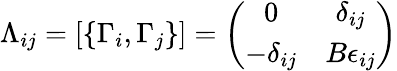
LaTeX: \Lambda_{ij}=\left[\{ \Gamma_{i},\Gamma_{j}\} \right]=\left(\begin{array}{cc}{{0}}&{{\delta_{ij}}}\\ {{-\delta_{ij}}}&{{B\epsilon_{ij}}}\end{array}\right)